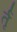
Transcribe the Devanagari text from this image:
र्तृ